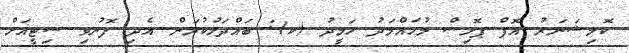
ކޮމިޝަނަރު އޮފް ޕޮލިސް މުހައްމަދު ހަމީދު (ކ): ބައްދަލުކުރަން އެދި ފޮނުވި ސިޓީއަށް